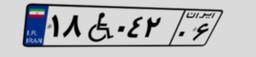
۱۸W۰۴۲۰۶